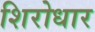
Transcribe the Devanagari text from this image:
शिरोधार